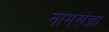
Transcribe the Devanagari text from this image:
नामसंज्ञा